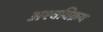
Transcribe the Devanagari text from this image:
अश्वविक्रय